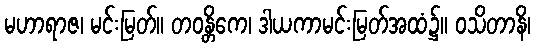
မဟာရာဇ၊ မင်းမြတ်။ တဝန္တိကေ၊ ဒါယကာမင်းမြတ်အထံ၌။ ဝသိတာနိ၊